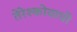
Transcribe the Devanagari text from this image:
तेरेश्कोवाची